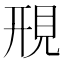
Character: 䙹